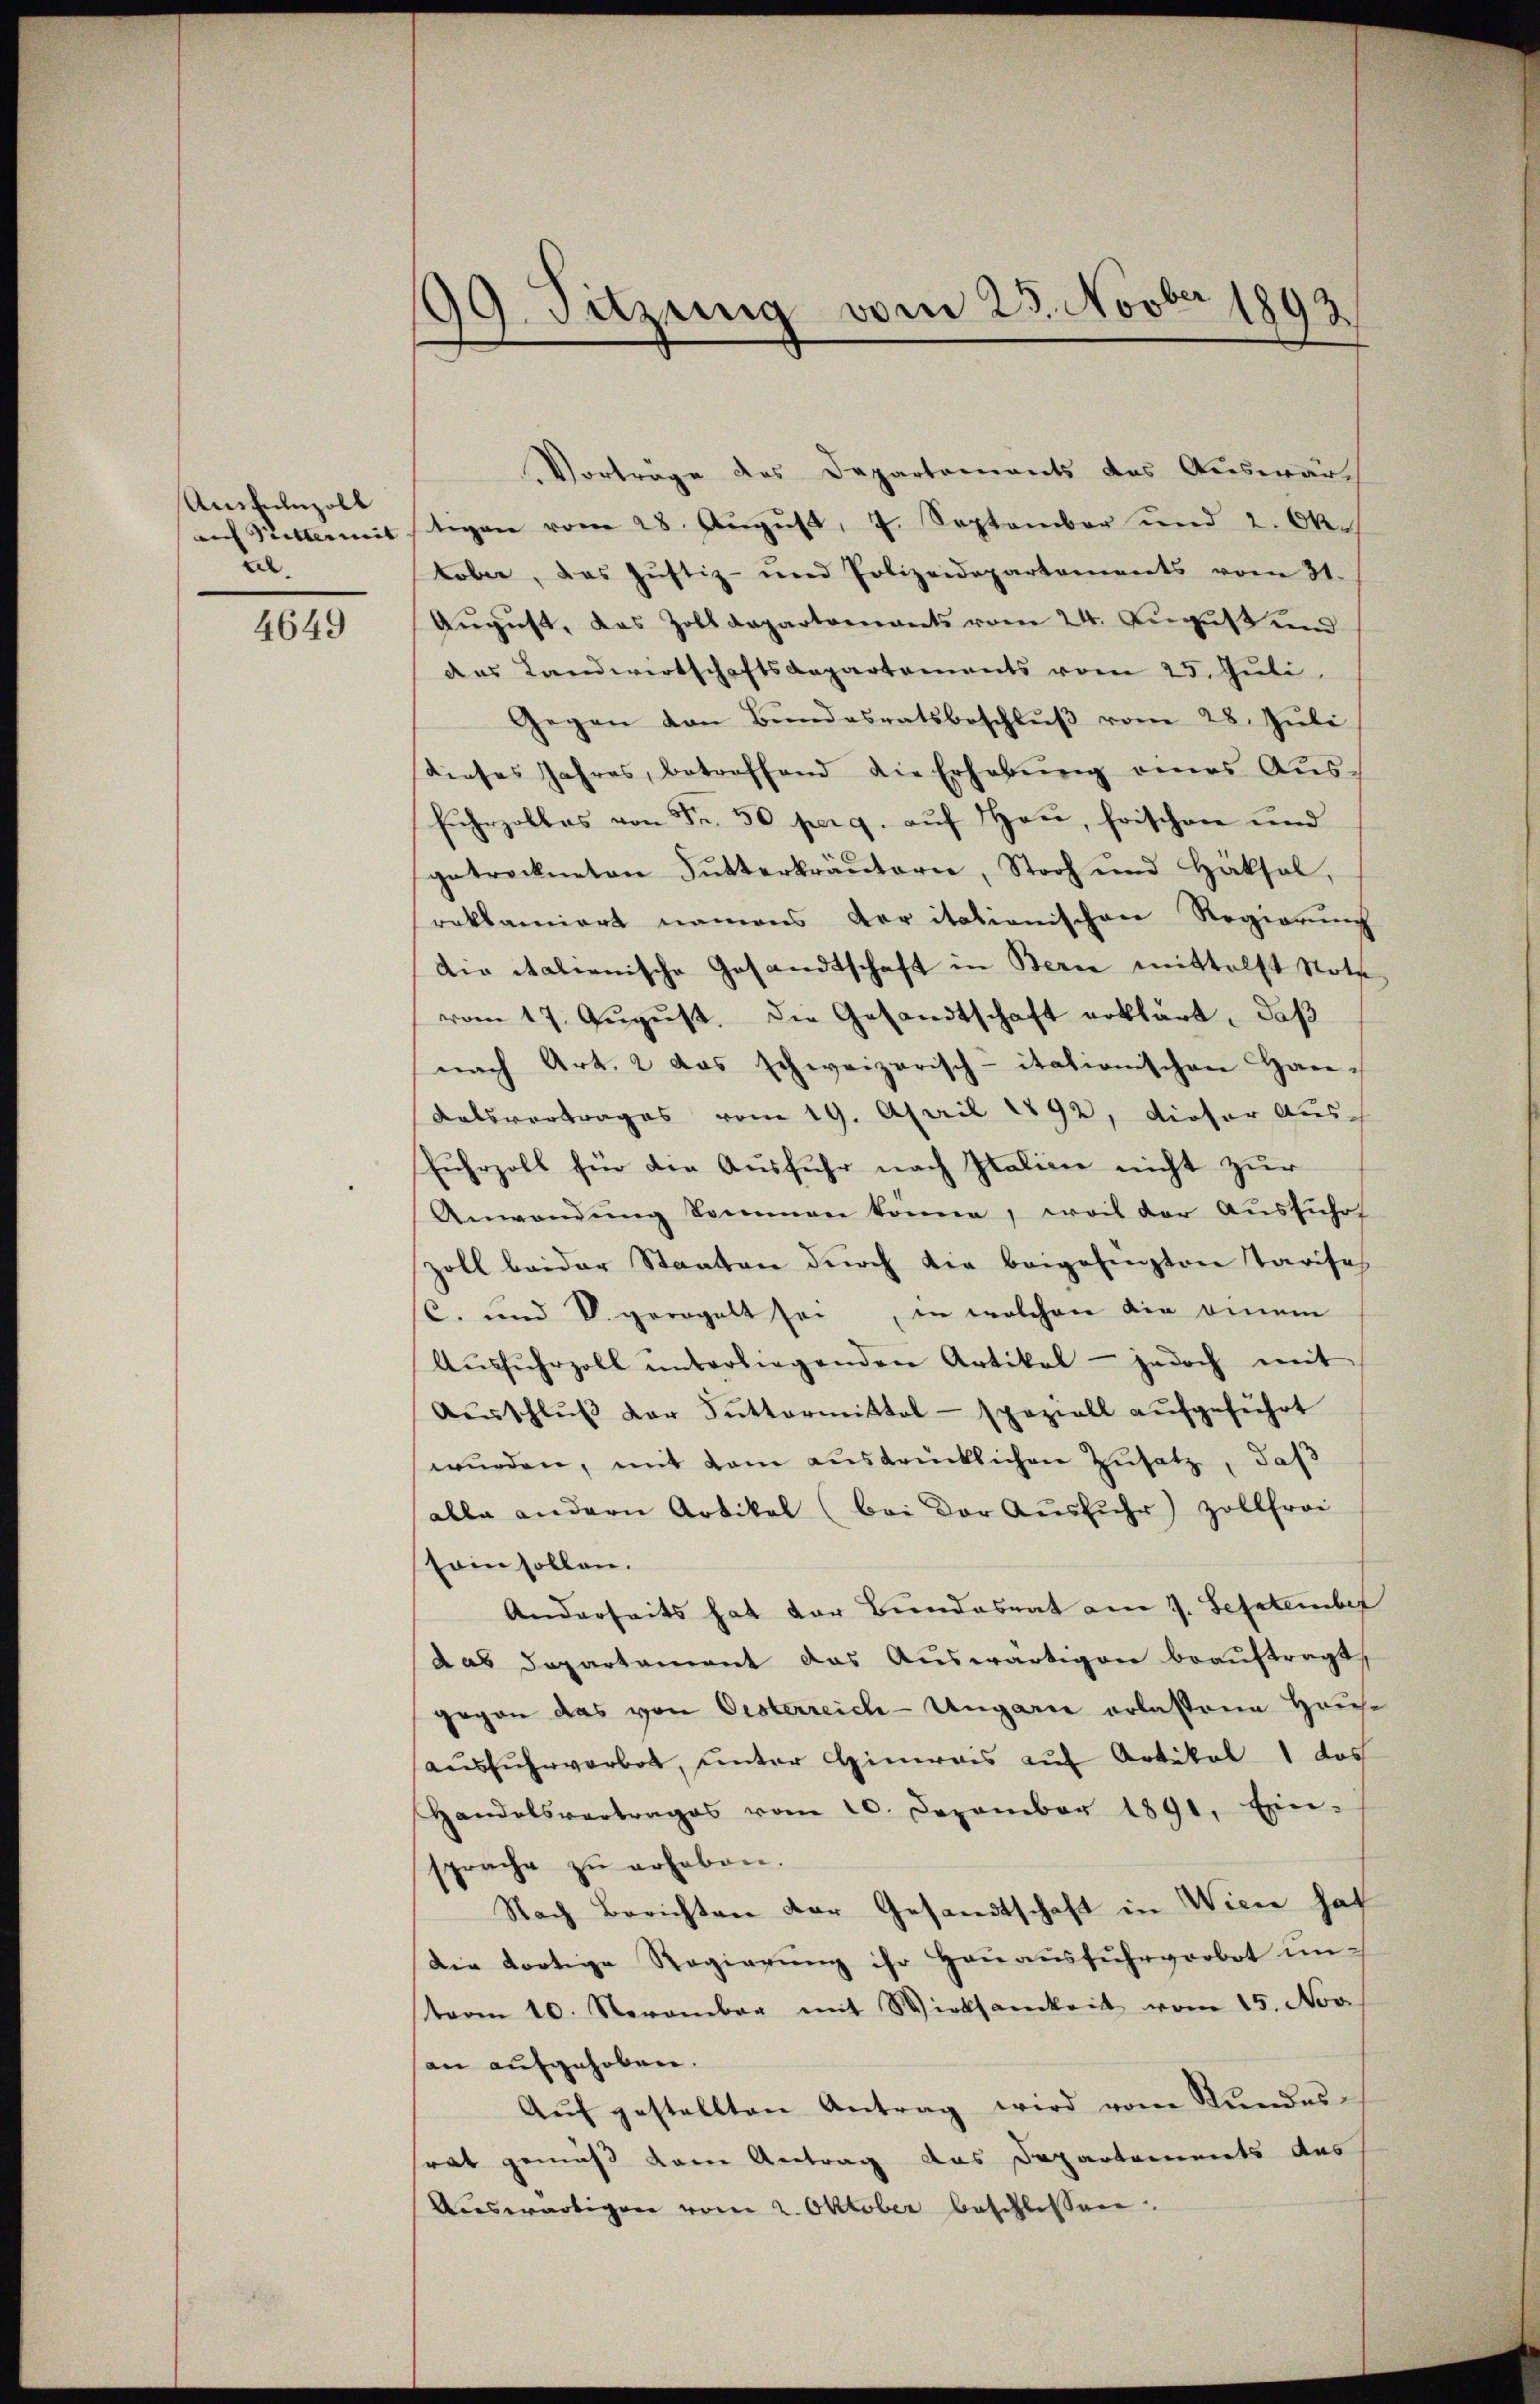
Unwunzoll
an Rittermit |
2.

4649

99. Sitzung vom 23. Novber 1892

Vorträge des Departements das Auswärtigen vom 28. Aŭgŭst 7. September und 2. Ok-
tober, das Justiz- und Polizeidepartements vom 31.
Aŭgŭst, das Zolldepartenants vom 24. Aŭgŭst und
das Landwirtschaftsdepartements vom 25. Juli
Gegen von Bŭndesratsbeschlŭβ vom 28. Jŭli
dieses Jahres, betroffend die Erhabŭng eines Aŭs-
Fuhrzolles von Fr. 50 per 9. auf Heu, frischen und
getrockneten Futterkräutern, Stroh und Häksal,
roklamiert namens der itationischen Regierung
die italienische Gesandtschaft in Berne mittelst Noth
vom 17. August, die Gesandtschaft erklärt, daß
nach Art. 2 das schweizerisch-itationischen Han¬
Kalsvertrages vom 19. April 1892, dieser Aus-
fuhrzoll für die Ausfuhr nach Italinie nicht zur
Anwendung kommen könne, weil der Ausführ
zoll beider Staaten durch die beigesengten Tarifes
(C. und V. geregelt sei, in welchen die einem
Aŭsfŭhrzoll ŭnterliegenden Artikel - jedoch mit
Aeschlŭβ der Suttermittel- spaziell aŭfgeführt
wŭrden, mit dem aŭsdrücklichen Zusatz, daß
(alle andern Artikel (bei der Ausführ) zollfrei
soin sollen.
Anderseits hat der Bundesrat am 7. September
das Departement das Auswärtigen beauftragt,
gegen das von Oesterreich-Ungarie erlassene Hause
ausfuhrverbot, unter Hinweis auf Artikel 1 das
Handelsvertrages vom 10. Dezember 1891. Ein-
sprache zŭ erhoben.
Nach Berichten der Gesandtschaft in Wien hat
Die dortige Regierung ihr Hauausfuhrverbot unterm 10. November mit Wirksamkeit vom 15. Nov
an aufgehoben.
Aŭf gestellten Antrag wird vom Kundes-
rat gemäß dem Antrag das Departements des
Auswärtigen vom 2. Oktober beschlossen